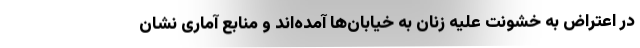
در اعتراض به خشونت علیه زنان به خیابان‌ها آمده‌اند و منابع آماری نشان